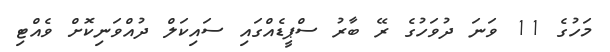
މަހުގެ 11 ވަނަ ދުވަހުގެ ރޭ ބާރު ސްޕީޑެއްގައި ސައިކަލް ދުއްވަނިކޮށް ވެއްޓި